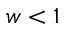
w < 1